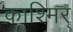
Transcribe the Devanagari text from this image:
काश्मिर्